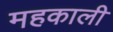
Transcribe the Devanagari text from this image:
महकाली